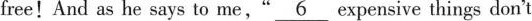
free!And as he says to me," \underline{6} expensive things don'